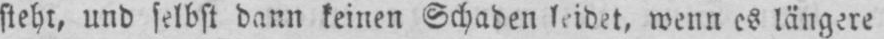
steht, und selbst dann keinen Schaden leidet, wenn es längere